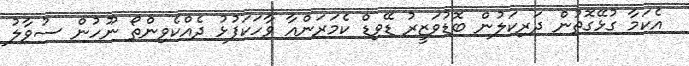
އެކަމާ ގުޅޭގޮތުން ދަރިކަލުން ބޮޑުވަޒީރު ޑޭވިޑް ކެމަރަންއާ ވާހަކަފުޅު ދެއްކެވިންތޯ ނޫހުން ސުވާލު